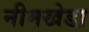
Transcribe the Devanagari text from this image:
नीमखेडा़